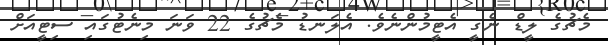
މެޗުގެ ލީޑް ނެގީ އެޓީމުންނެވެ. އެލަނޑު މެޗުގެ 22 ވަނަ މިނެޓުގައި ސިޓީއަށް